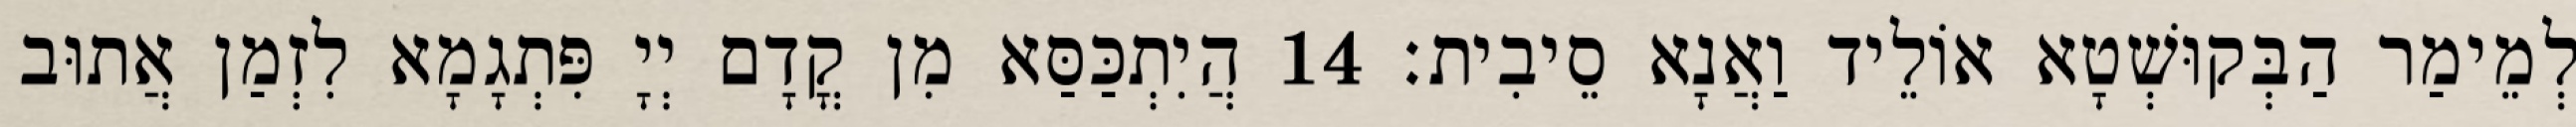
לְמֵימַר הַבְּקוּשְׁטָא אוֹלֵיד וַאֲנָא סֵיבִית׃ 14 הֲיִתְכַּסַּא מִן קֳדָם יְיָ פִּתְגָמָא לִזְמַן אֲתוּב